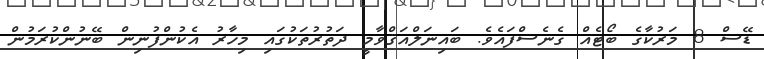
ޑޭސް 8 މަރުކާގެ ބޯޓެއް ގެނެސްފައެވެ. ބައިނަލްއަޤްވާމީ ދަތުރުތަކުގައި މިހާރު އެކުންފުނިން ބޭނުންކުރަމުން